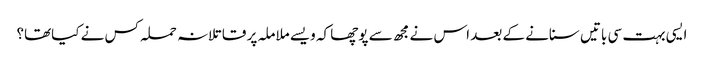
ایسی بہت سی باتیں سنانے کے بعد اس نے مجھ سے پوچھا کہ ویسے ملاملہ پر قاتلانہ حملہ کس نے کیاتھا؟